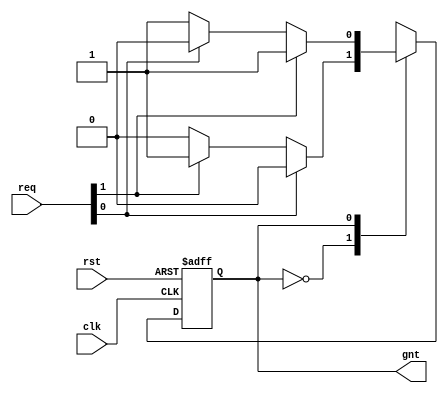
module wb_conbus_arb(
						clk, 
						rst, 
						req, 
						gnt
);
	input				clk;
	input				rst;
	input	[ 1: 0]		req;		
	output				gnt; 		
	parameter	      	grant0 = 1'h0,
	                	grant1 = 1'h1;
	reg 				state = 0, next_state = 0;
	assign	gnt = state;
	always@(posedge clk or posedge rst)
		if(rst)		state <= #1 grant0;
		else		state <= #1 next_state;
	always@(state or req ) begin
		next_state = state;	
		case(state)		
	 	   grant0:
			if(!req[0] )
			   begin
				if(req[1])	next_state = grant1;
			   end
	 	   grant1:
			if(!req[1] ) begin
				if(req[0])	next_state = grant0;
			end
		endcase
	end
endmodule